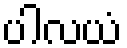
ပါလယံ